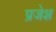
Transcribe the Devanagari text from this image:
प्रजेश